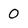
Character: 0